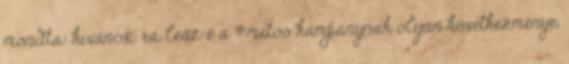
mondta: kíváncsi rá, lesz-e a #metoo kampánynak olyan következménye,